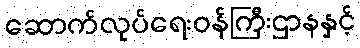
ဆောက်လုပ်ရေးဝန်ကြီးဌာနနှင့်